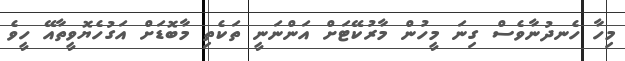
މިހާ ހެނދުނާވެސް ގިނަ މީހުން މާރުކޭޓަށް އަންނަނީ ތަކެތި މާބޮޑަށް އަގުހެޔޮވީތާއޭ ހީވެ